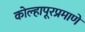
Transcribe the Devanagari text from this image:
कोल्हापूरप्रमाणे